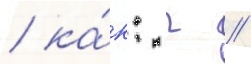
/ ка́к: г //